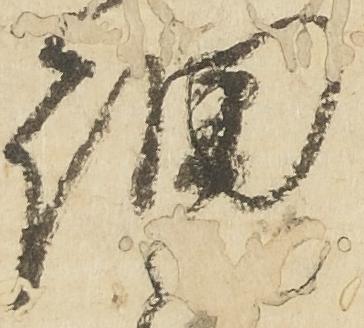
細